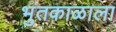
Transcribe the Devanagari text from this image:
भुतकाळाला